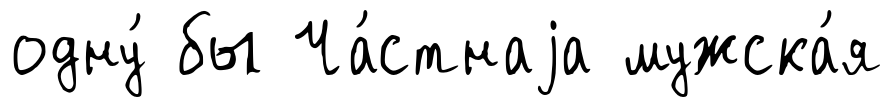
одну́ бы Ча́стнаjа мужска́я